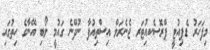
މިފަހަރު ޑެޕިއުޓީ ޕްރޮސެކއިުޓަރ ޖެނެރަލް އިސްތިއުފާ ނުދޭނެ ގައުމީ ލޯބި އޭނާގެ ހިތުގައި